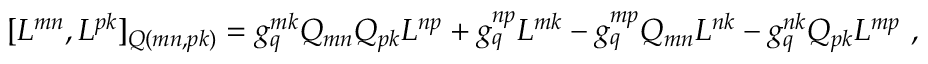
[ L ^ { m n } , L ^ { p k } ] _ { Q ( m n , p k ) } = g _ { q } ^ { m k } Q _ { m n } Q _ { p k } L ^ { n p } + g _ { q } ^ { n p } L ^ { m k } - g _ { q } ^ { m p } Q _ { m n } L ^ { n k } - g _ { q } ^ { n k } Q _ { p k } L ^ { m p } \ ,